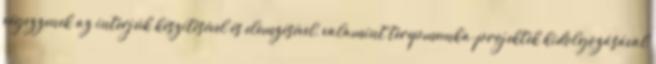
végezzenek az interjúk készítésével és elemzésével, valamint terepmunka-projektek kidolgozásával